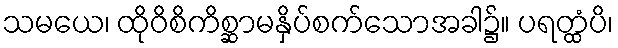
သမယေ၊ ထိုဝိစိကိစ္ဆာမနှိပ်စက်သောအခါ၌။ ပရတ္ထံပိ၊